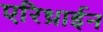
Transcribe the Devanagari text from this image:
एरिथ्राईन